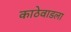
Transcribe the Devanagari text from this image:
काठेवाडला